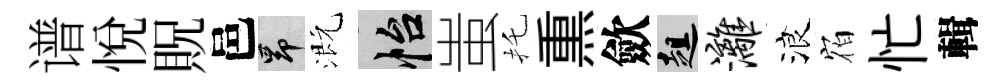
谱悦貺邑昂溉怡蚩托𤋱歛趄漓浪𪧐忙輯